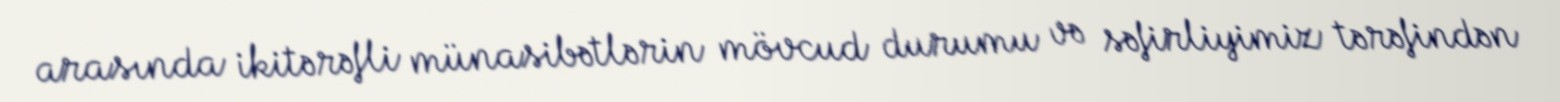
arasında ikitərəfli münasibətlərin mövcud durumu və səfirliyimiz tərəfindən